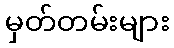
မှတ်တမ်းများ